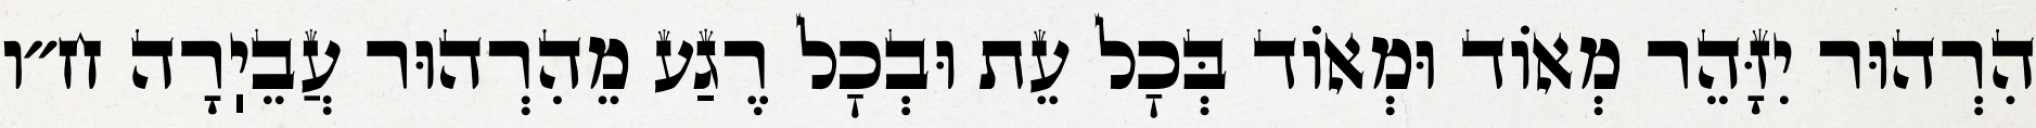
הִרְהוּר יִזָּהֵר מְאוֹד וּמְאוֹד בְּכׇל עֵת וּבְכׇל רֶגַע מֵהִרְהוּר עֲבֵיֽרָה ח״ו